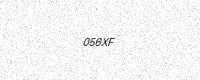
Text: 056XF